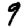
Digit: 9